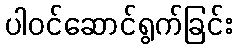
ပါဝင်ဆောင်ရွက်ခြင်း